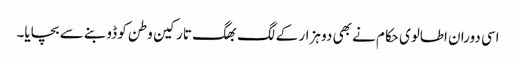
اسی دوران اطالوی حکام نے بھی دو ہزار کے لگ بھگ تارکین وطن کو ڈوبنے سے بچایا۔